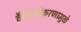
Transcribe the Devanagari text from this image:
वैश्विकीकरणामुळे